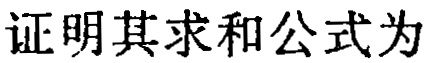
证明其求和公式为